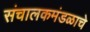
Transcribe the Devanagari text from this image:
संचालकमंडळाचे